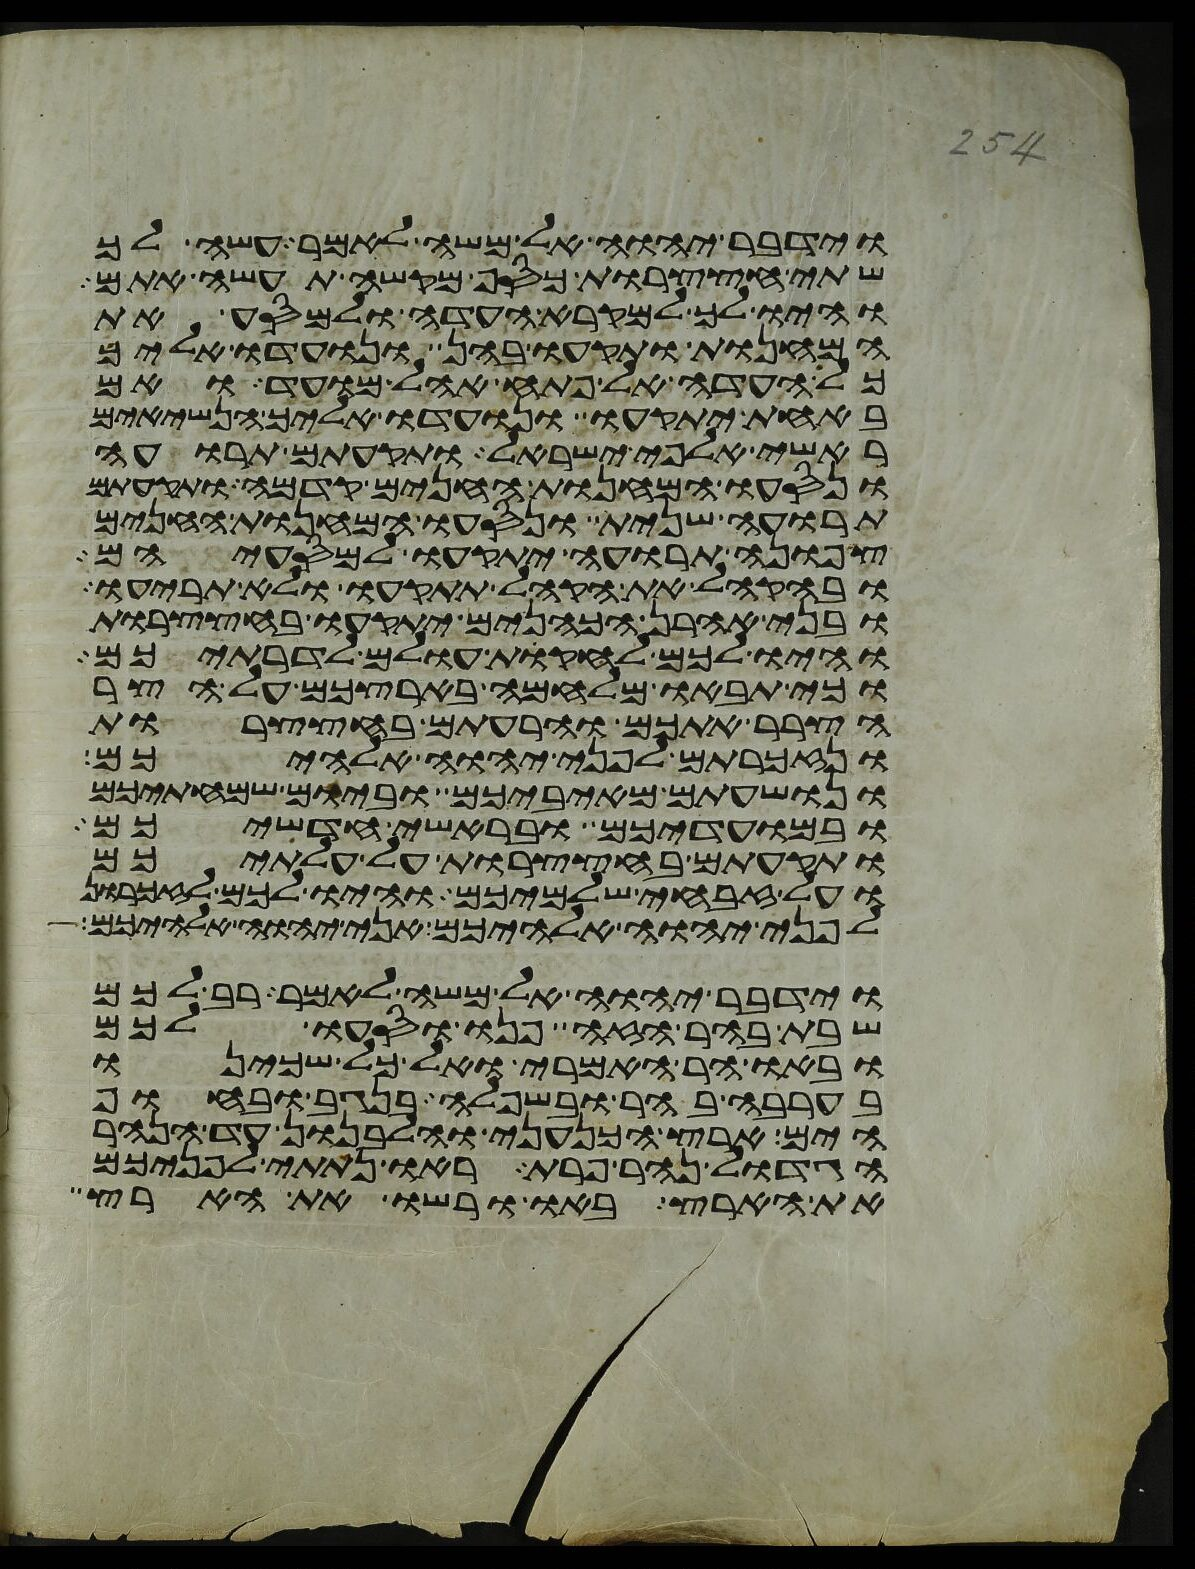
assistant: וידבר יהוה אל משה לאמר עשה לך
שתי חצצרות כסף מקשה תעשה אתם
והיו לך למקרא העדה ולמסע את
המחנות ותקעו בהן ונועדו אליך
כל העדה אל פתח אהל מועד ואם
באחת יתקעו ונועדו אליך הנשיאים
ראשי אלפי ישראל ותקעתם תרועה
ונסעו המחנות החנים קדמה ותקעתם
תרועה שנית ונסעו המחנות החנים
צפונה תרועה יתקעו למסעיהם
ובהקהל את הקהל תתקעו ולא תריעו
ובני אהרן הכהנים יתקעו בחצצרות
והיו לכם לחקות עולם לדרתיכם
וכי תבאו מלחמה בארצכם על הצר
הצרר אתכם והרעתם בחצצרות
ונזכרתם לפני יהוה אלהיכם
ונושעתם מאיביכם וביום שמחתיכם
ובמועדיכם ובראשי חדשיכם
ותקעתם בחצצרות על עלתיכם
ועל זבחי שלמיכם והיו לכם לזכרון
לפני יהוה אלהיכם אני יהוה אלהיכם
וידבר יהוה אל משה לאמר רב לכם
שבת בהר הזה פנו וסעו לכם
ובאו הר האמרי ואל כל שכינו
בערבה בהר ובשפלה בנגב ובחוף
הים ארץ הכנעני והלבנון עד הנהר
הגדול נהר פרת ראו נתתי לפניכם
את הארץ באו ורשו את הארץ